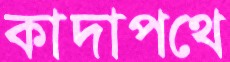
কাদাপথে